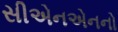
સીએનએનનો